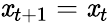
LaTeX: \mathit{x}_{t+1}=\mathit{x}_{t}